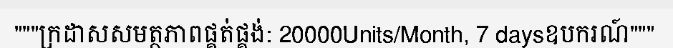
"""ក្រដាសសមត្ថភាពផ្គត់ផ្គង់: 20000Units/Month, 7 daysឧបករណ៍"""